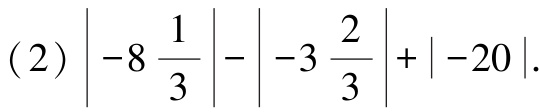
(2) $\left|-8\frac{1}{3}\right|-\left|-3\frac{2}{3}\right|+\left|-20\right|$.